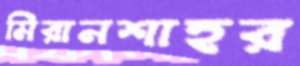
মিরানশাহর